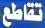
تقاطع